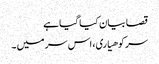
قصا بیان کیا گیا ہے
سر کوهیاری، اس سر میں ۔